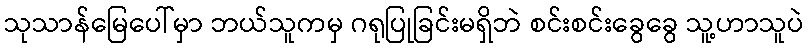
သုသာန်မြေပေါ်မှာ ဘယ်သူကမှ ဂရုပြုခြင်းမရှိဘဲ စင်းစင်းခွေခွေ သူ့ဟာသူပဲ